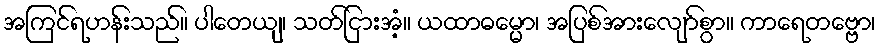
အကြင်ရဟန်းသည်။ ပါတေယျ၊ သတ်ငြားအံ့။ ယထာဓမ္မော၊ အပြစ်အားလျော်စွာ။ ကာရေတဗ္ဗော၊